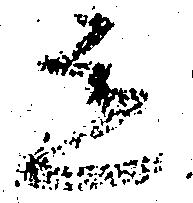
有